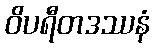
ဝိပရီတဒဿနံ